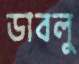
ডাবলু